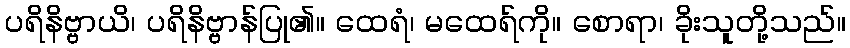
ပရိနိဗ္ဗာယိ၊ ပရိနိဗ္ဗာန်ပြု၏။ ထေရံ၊ မထေရ်ကို။ စောရာ၊ ခိုးသူတို့သည်။